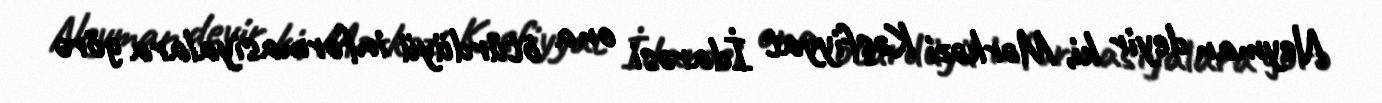
Neyman deyir ki, Mərkəzi Kəşfiyyat İdarəsi ona ötürdüyü informasiyalara görə